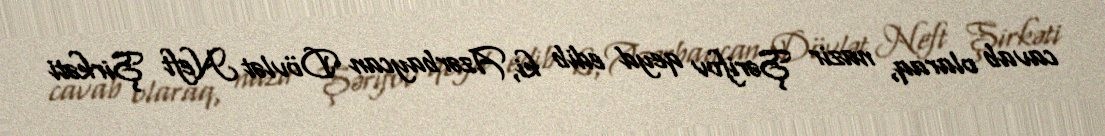
cavab olaraq, nazir Şərifov qeyd edib ki, Azərbaycan Dövlət Neft Şirkəti